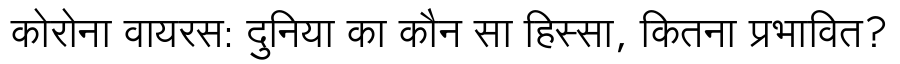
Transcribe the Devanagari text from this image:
कोरोना वायरस: दुनिया का कौन सा हिस्सा, कितना प्रभावित?